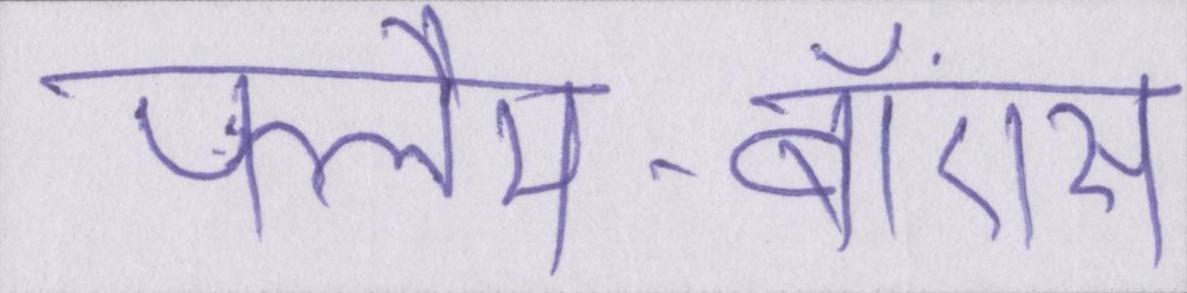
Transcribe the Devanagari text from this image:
फ्लैम-बॉएंस